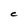
Character: C